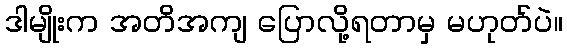
ဒါမျိုးက အတိအကျ ပြောလို့ရတာမှ မဟုတ်ပဲ။